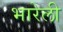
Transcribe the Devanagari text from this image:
भारेली